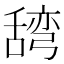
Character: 𮍽